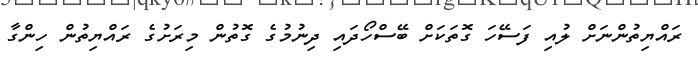
ރައްޔިތުންނަށް ލުއި ފަސޭހަ ގޮތަކަށް ބޭސްހޯދައި ދިނުމުގެ ގޮތުން މިރަށުގެ ރައްޔިތުން ހިންގާ